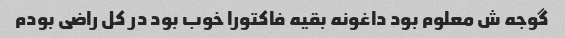
گوجه ش معلوم بود داغونه بقیه فاکتورا خوب بود در کل راضی بودم